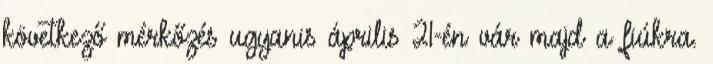
következő mérkőzés ugyanis április 21-én vár majd a fiúkra.